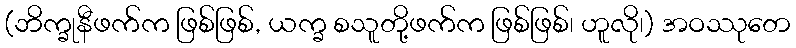
(ဘိက္ခုနီဖက်က ဖြစ်ဖြစ်, ယက္ခ စသူတို့ဖက်က ဖြစ်ဖြစ်၊ ဟူလို၊) အဝဿုတေ